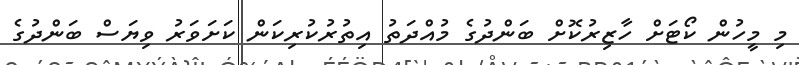
މި މީހުން ކޯޓަށް ހާޒިރުކޮށް ބަންދުގެ މުއްދަތު އިތުރުކުރިކަން ކަށަވަރު ވިޔަސް ބަންދުގެ